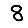
Digit: 8